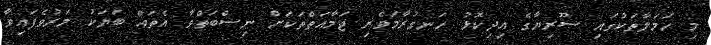
މި ހަމަލާތަކުގައި ސޫރިޔާގެ އިދިކޮޅު ހަނގުރާމަވެރި ޖަމާއަތްތަކަށް ނިސްބަތްވާ އެތައް ބަޔަކު މަރުވެފައިވާ